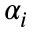
\alpha _ { i }